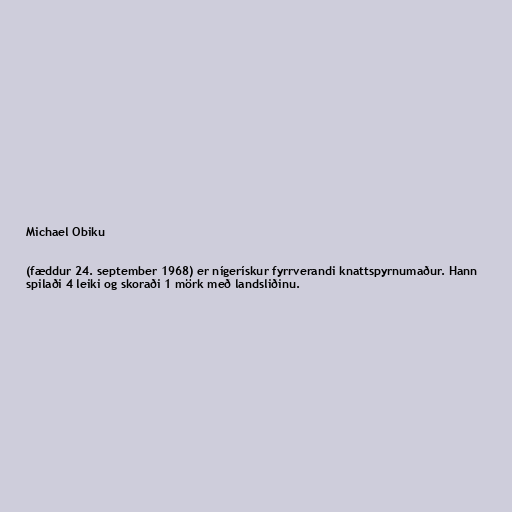
Michael Obiku

(fæddur 24. september 1968) er nígerískur fyrrverandi knattspyrnumaður. Hann
spilaði 4 leiki og skoraði 1 mörk með landsliðinu.